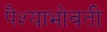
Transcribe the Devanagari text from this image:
पैश्याभोवती